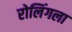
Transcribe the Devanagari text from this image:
रोलिंगला